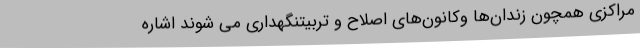
مراکزی همچون زندان‌ها وکانون‌های اصلاح و تربیتنگهداری می شوند اشاره